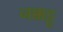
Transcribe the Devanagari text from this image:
नक्कट्टू